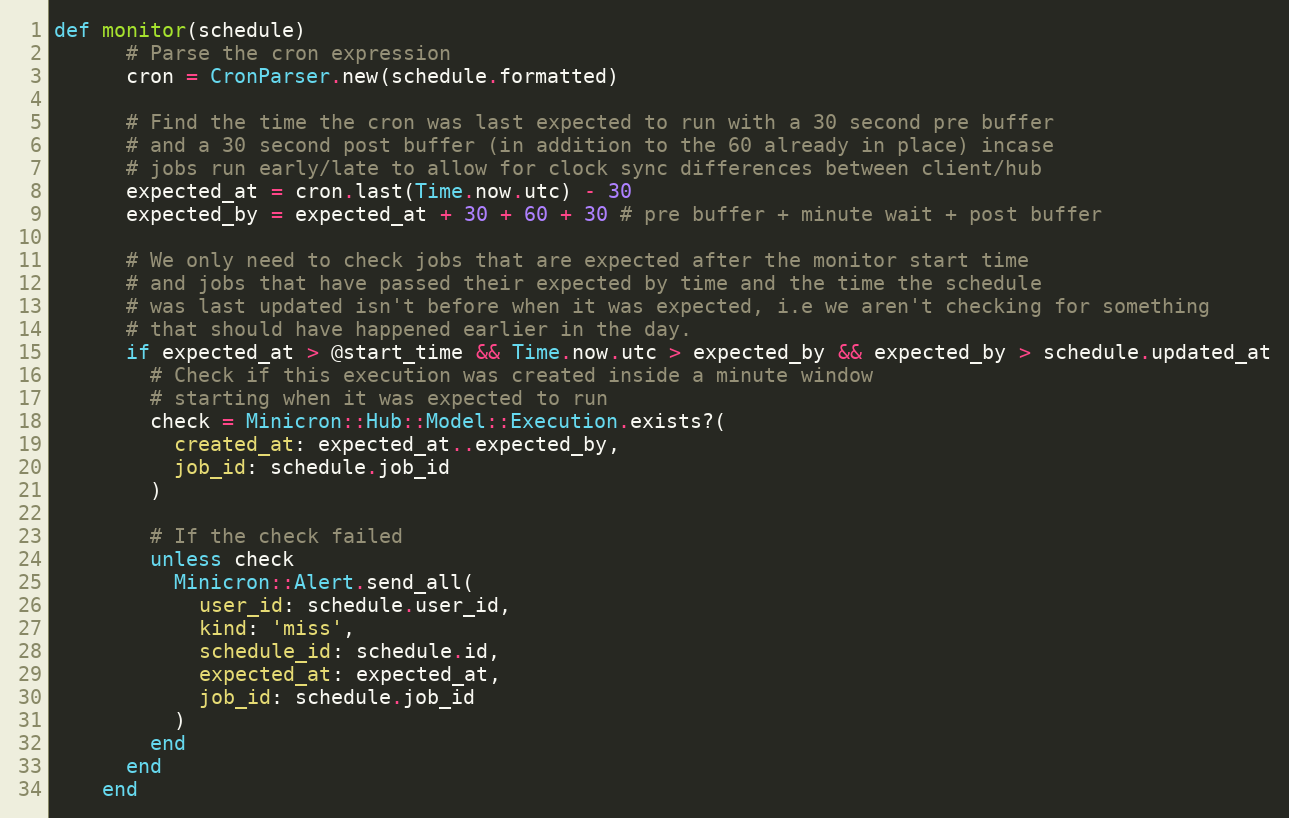
Language: Ruby
def monitor(schedule)
      # Parse the cron expression
      cron = CronParser.new(schedule.formatted)

      # Find the time the cron was last expected to run with a 30 second pre buffer
      # and a 30 second post buffer (in addition to the 60 already in place) incase
      # jobs run early/late to allow for clock sync differences between client/hub
      expected_at = cron.last(Time.now.utc) - 30
      expected_by = expected_at + 30 + 60 + 30 # pre buffer + minute wait + post buffer

      # We only need to check jobs that are expected after the monitor start time
      # and jobs that have passed their expected by time and the time the schedule
      # was last updated isn't before when it was expected, i.e we aren't checking for something
      # that should have happened earlier in the day.
      if expected_at > @start_time && Time.now.utc > expected_by && expected_by > schedule.updated_at
        # Check if this execution was created inside a minute window
        # starting when it was expected to run
        check = Minicron::Hub::Model::Execution.exists?(
          created_at: expected_at..expected_by,
          job_id: schedule.job_id
        )

        # If the check failed
        unless check
          Minicron::Alert.send_all(
            user_id: schedule.user_id,
            kind: 'miss',
            schedule_id: schedule.id,
            expected_at: expected_at,
            job_id: schedule.job_id
          )
        end
      end
    end